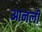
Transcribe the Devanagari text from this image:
आनली